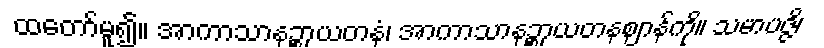
ထတော်မူ၍။ အာကာသာနဉ္စာယတနံ၊ အာကာသာနဉ္စာယတနဈာန်ကို။ သမာပဇ္ဇိ၊